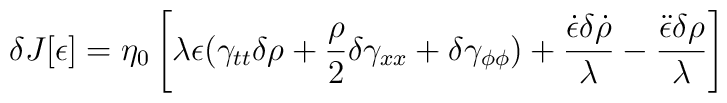
\delta J [ \epsilon ] = \eta_{0} \left[ \lambda \epsilon ( \gamma_{tt} \delta \rho + \frac{\rho}{2} \delta \gamma_{xx}+\delta \gamma_{\phi \phi} ) + \frac{\dot{\epsilon} \delta \dot{\rho}}{\lambda} - \frac{\ddot{\epsilon} \delta \rho}{\lambda} \right]